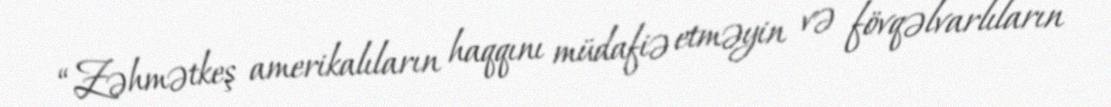
“Zəhmətkeş amerikalıların haqqını müdafiə etməyin və fövqəlvarlıların